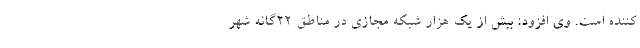
کننده است. وی افزود: بیش از یک هزار شبکه مجازی در مناطق ۲۲گانه شهر